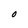
Character: O